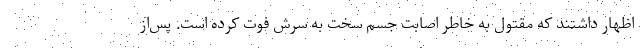
اظهار داشتند که مقتول به خاطر اصابت جسم سخت به سرش فوت کرده است. پس‌از